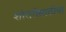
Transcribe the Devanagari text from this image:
शांततेसाठीचा